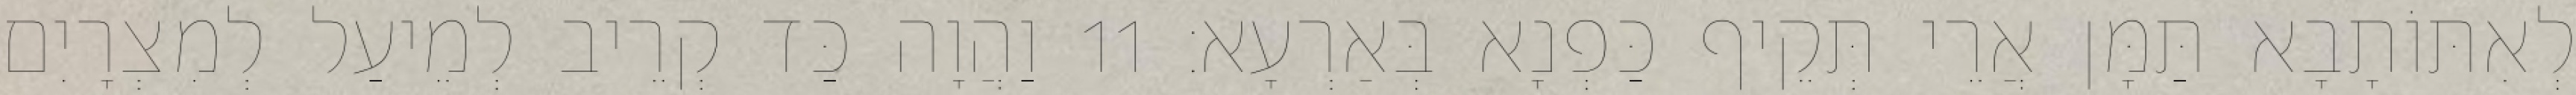
לְאִתּוֹתָבָא תַּמָּן אֲרֵי תְּקֵיף כַּפְנָא בְּאַרְעָא׃ 11 וַהֲוָה כַּד קְרֵיב לְמֵיעַל לְמִצְרָיִם